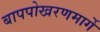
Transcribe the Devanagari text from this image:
बापपोखरणमार्गे